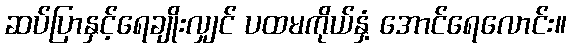
ဆပ်ပြာနှင့်ရေချိုးလျှင် ပထမကိုယ်နှံ့ အောင်ရေလောင်း။